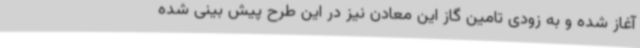
آغاز شده و به زودی تامین گاز این معادن نیز در این طرح پیش بینی شده